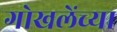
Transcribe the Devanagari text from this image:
गोखलेंच्या